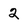
Character: 2